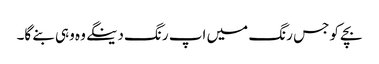
بچے کو جس رنگ میں اپ رنگ دینگے وہ وہی بنے گا۔